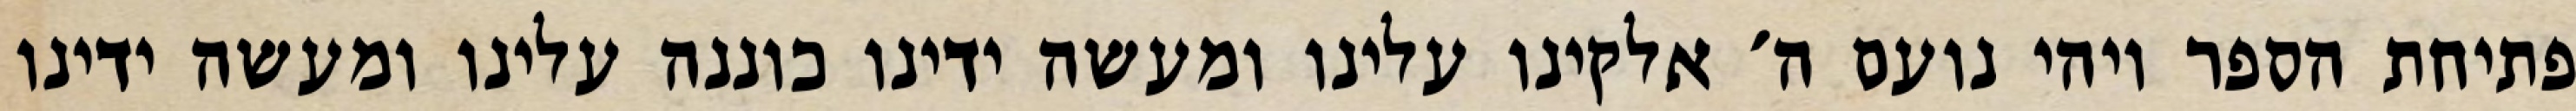
פתיחת הספר ויהי נועם ה׳ אלקינו עלינו ומעשה ידינו כוננה עלינו ומעשה ידינו